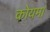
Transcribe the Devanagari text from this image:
कोयमा